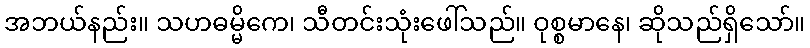
အဘယ်နည်း။ သဟဓမ္မိကေ၊ သီတင်းသုံးဖေါ်သည်။ ဝုစ္စမာနေ၊ ဆိုသည်ရှိသော်။